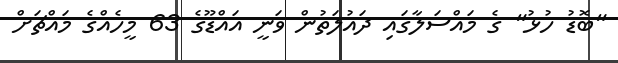
"ބޮޑު ހުޅު" ގެ މައްސަލާގައި ދައުލަތުން ވަނީ އައްޑޫގެ 63 މީހެއްގެ މައްޗަށް